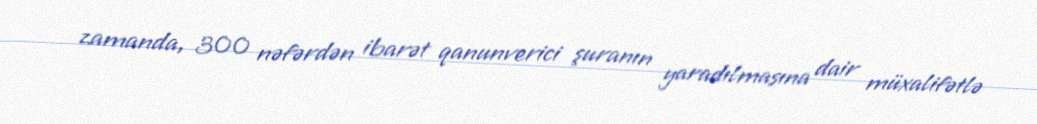
zamanda, 300 nəfərdən ibarət qanunverici şuranın yaradılmasına dair müxalifətlə